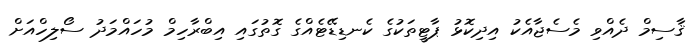
ޤާސިމް ދެއްވި މެސެޖާއެކު އިދިކޮޅު ޕާޓީތަކުގެ ކެނޑިޑޭޓެއްގެ ގޮތުގައި އިބްރާހިމް މުހައްމަދު ސޯލިހްއަށް